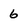
Character: 6